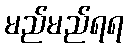
မည်မည်ရရ